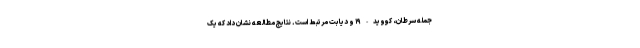
جمله سرطان، کووید-۱۹ و دیابت مرتبط است. نتایج مطالعه نشان داد که یک